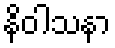
နိဝါသနာ